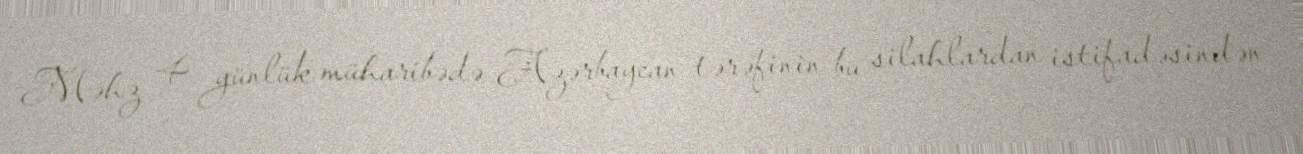
Məhz 4 günlük müharibədə Azərbaycan tərəfinin bu silahlardan istifadəsindən